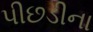
પીછડીના